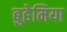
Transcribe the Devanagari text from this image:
बुहेमिया